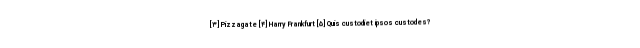
[۳] Pizzagate [۴] Harry Frankfurt [۵] Quis custodiet ipsos custodes?